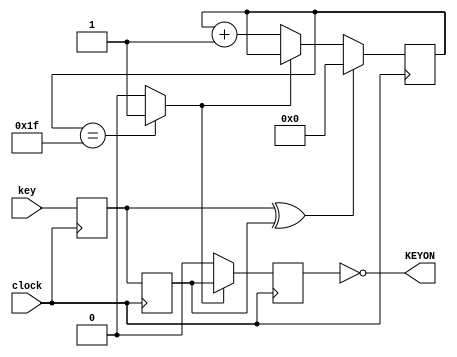
//key debouncer
module keytr (
    input wire clock,
    input wire key,
    output wire KEYON
    );

reg q1, q2, q3;
wire counter_carry, clear;
reg [4:0] counter;

assign counter_carry = (counter == 5'h1f)?1'b1:1'b0;
assign clear = q1 ^ q2;
assign KEYON = !q3;

initial begin
	q1 = 0; q2 = 0; q3 = 0;
end

always @(posedge clock) begin
	if (clear) begin
		counter <= 5'h0;
	end
	else begin
		if (!counter_carry)
			counter <= counter + 1;
	end
end

always@(posedge clock) begin
		q1 <= key;
		q2 <= q1;
		if (counter_carry) 
			q3 <= q2;
		else 
			q3 <= 1'b0;
end

endmodule